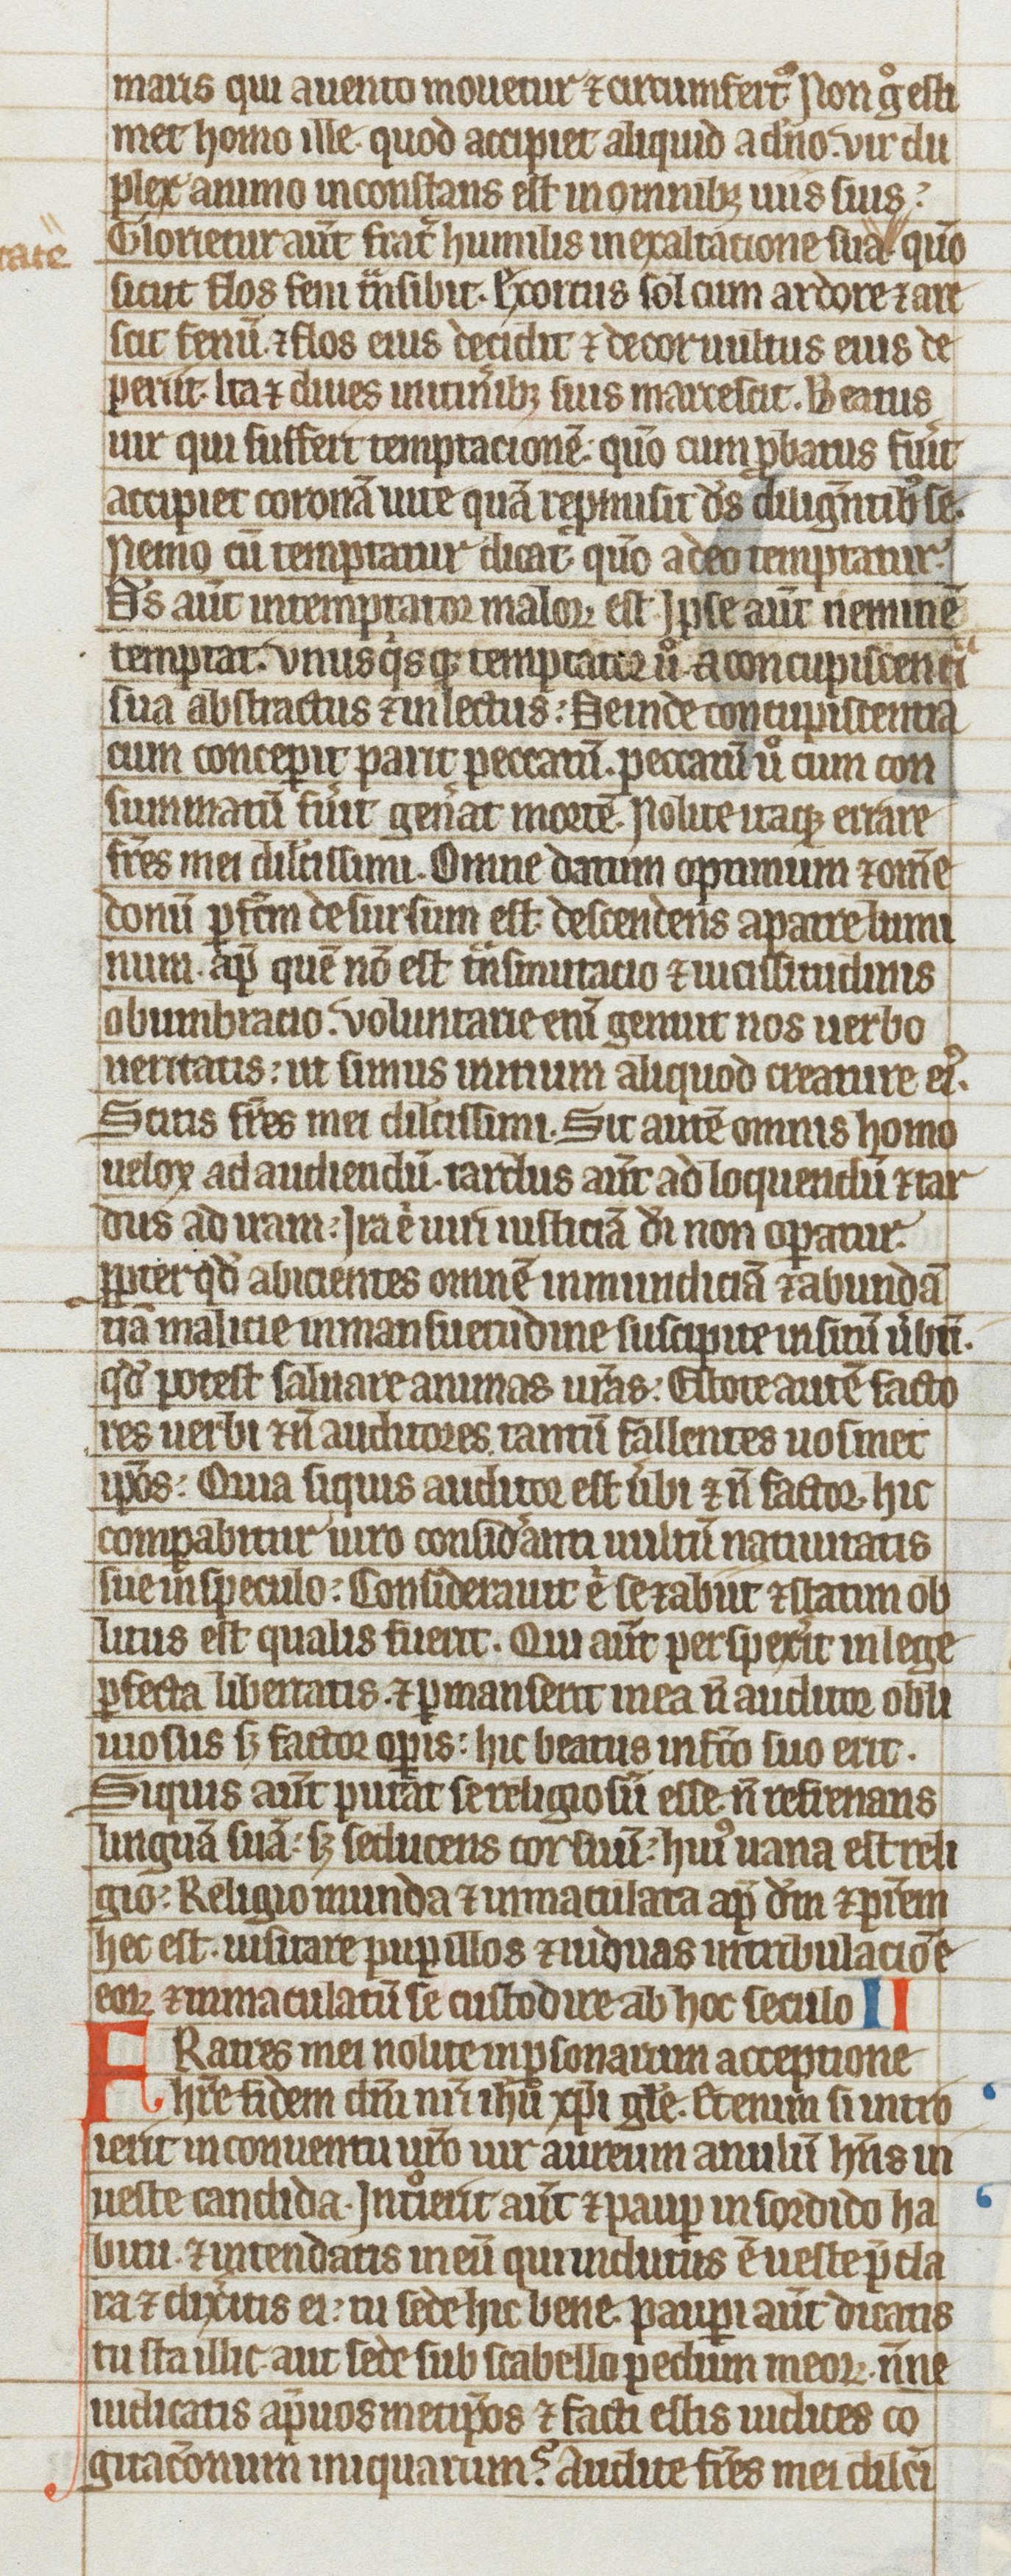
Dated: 1275–1299